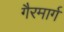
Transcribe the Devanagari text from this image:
गैरमार्ग